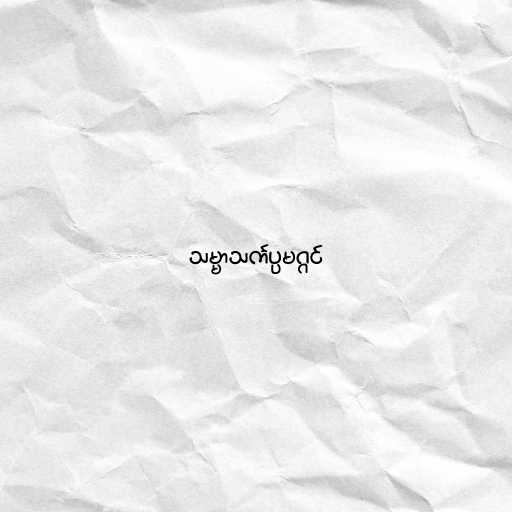
သမ္မာသင်္ကပ္ပမဂ္ဂင်